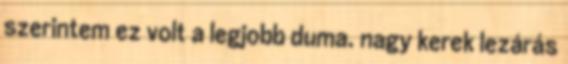
szerintem ez volt a legjobb duma. nagy kerek lezárás